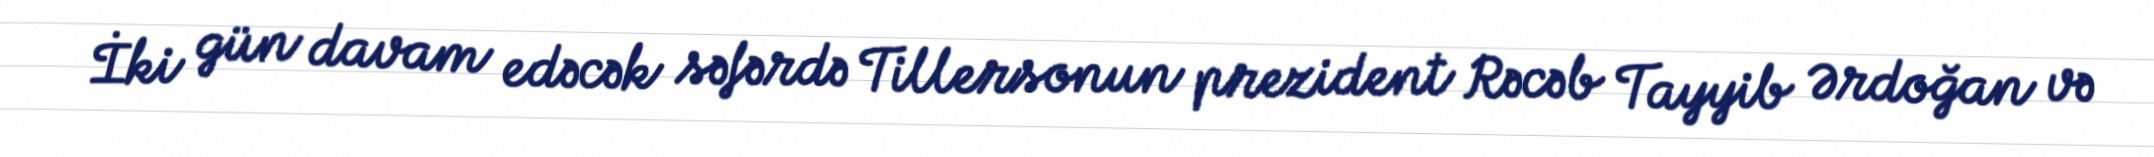
İki gün davam edəcək səfərdə Tillersonun prezident Rəcəb Tayyib Ərdoğan və